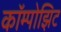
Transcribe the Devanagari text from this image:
कॉम्पोझिट